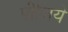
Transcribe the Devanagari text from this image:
पीजिये